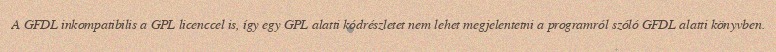
A GFDL inkompatibilis a GPL licenccel is, így egy GPL alatti kódrészletet nem lehet megjelentetni a programról szóló GFDL alatti könyvben.